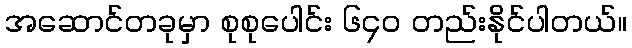
အဆောင်တခုမှာ စုစုပေါင်း ၆၄၀ တည်းနိုင်ပါတယ်။